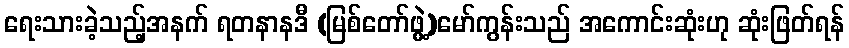
ရေးသားခဲ့သည့်အနက် ရတနာနဒီ (မြစ်တော်ဖွဲ့)မော်ကွန်းသည် အကောင်းဆုံးဟု ဆုံးဖြတ်ရန်